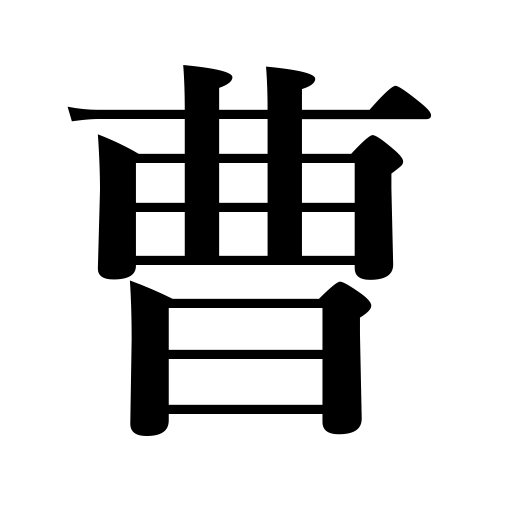
Meanings: friend